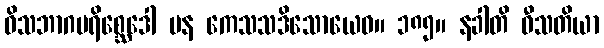
ဝိသဘာဂပရိစ္ဆေဒေါ ပန ကေသသဒိသောယေဝ။ ၁၈၅။ နခါတိ ဝီသတိယာ